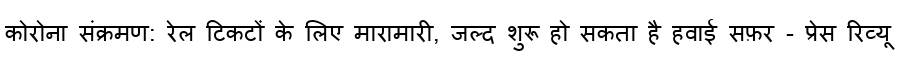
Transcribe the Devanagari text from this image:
कोरोना संक्रमण: रेल टिकटों के लिए मारामारी, जल्द शुरू हो सकता है हवाई सफ़र - प्रेस रिव्यू